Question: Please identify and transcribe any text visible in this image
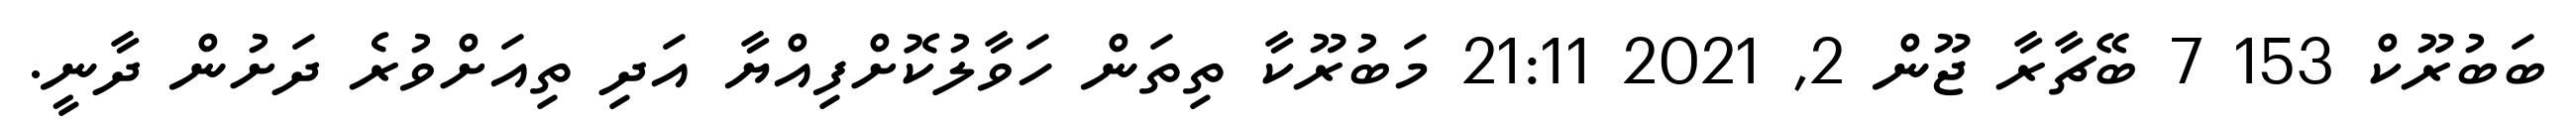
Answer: ބަބުރޫކް 153 7 ބޭޗާރާ ޖޫން 2, 2021 21:11 މަބުރޫކާ ތިތަން ހަވާލުކޮށްފިއްޔާ އަދި ތިއަށްވުރެ ދަށުން ދާނީ.